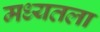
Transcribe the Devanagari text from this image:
मध्यतला